Lunatic asylums in Bengal annual reports 1912-1924 - 1912-1924
Year: 1912
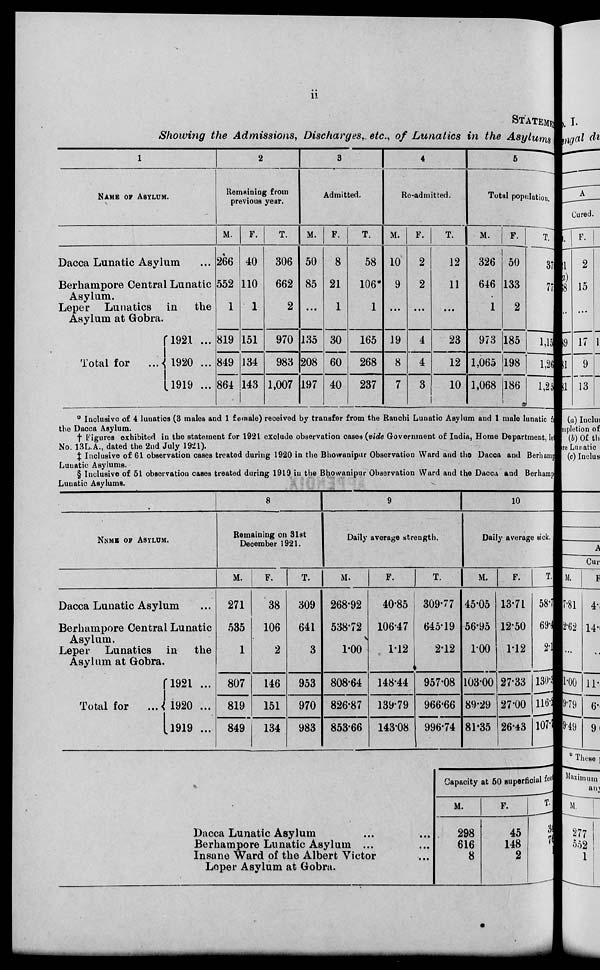
ii
STATEMENT
Showing the Admissions, Discharges, etc., of Lunatics in the Asylums
1
NAME OF ASYLUM.
Dacca Lunatic Asylum ...
Berhampore Central Lunatic
Asylum.
Leper Lunatics in
the
Asylum at Gobra.
Total for
1921 ...
1920 ...
1919 ...
2
Remaining from
previous year.
M.
266
552
1
819
849
864
F.
40
110
1
151
134
143
T.
306
662
2
970
983
1,007
3
Admitted.
M.
50
85
...
135
208
197
F.
8
21
1
30
60
40
T.
58
106*
1
165
268
237
4
Re-admitted.
M.
10
9
...
19
8
7
F.
2
2
...
4
4
3
T.
12
11
...
23
12
10
5
Total population.
M.
326
646
1
973
1,065
1,068
F.
50
133
2
185
198
186
T.
376
779
3
1,158
1,263
1,254
* Inclusive of 4 lunatics (3 males and 1 female) received by transfer from the Ranchi Lunatic Asylum and 1 male lunatic f
the Dacca Asylum.
† Figures exhibited in the statement for 1921 exclude observation cases (vide Government of India, Home Department, le
No. 13 L.A., dated the 2nd July 1921).
‡ Inclusive of 61 observation cases treated during 1920 in the Bhowanipur Observation Ward and the Dacca and Berhamp
Lunatic Asylums.
§ Inclusive of 51 observation cases treated during 1919 in the Bhowanipur Observation Ward and the Dacca and Berhamp
Lunatic Asylums.
NAME OF ASYLUM.
Dacca Lunatic Asylum ...
Berhampore Central Lunatic
Asylum.
Leper Lunatics in
the
Asylum at Gobra.
Total for
1921 ...
1920 ...
1919 ...
8
Remaining on 31st
December 1921.
M.
271
535
1
807
819
849
F.
38
106
2
146
151
134
T.
309
641
3
953
970
983
9
Daily average strength.
M.
268.92
538.72
1.00
808.64
826.87
853.66
F.
40.85
106.47
1.12
148.44
139.79
143.08
T.
309.77
645.19
2.12
957.08
966.66
996.74
10
Daily average sick.
M.
45.05
56.95
1.00
103.00
89.29
81.35
F.
13.71
12.50
1.12
27.33
27.00
26.43
T.
58.76
69.45
2.2
130.33
116.29
107.78
Dacca Lunatic Asylum ... ...
Berhampore Lunatic Asylum ... ...
Insane ward of the Albert Victor ...
Loper Asylum at Gobra.
Capacity at 50 superificial fee
M.
298
616
8
F.
45
148
2
T.
343
764
10